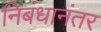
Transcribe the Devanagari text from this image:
निबंधानंतर